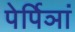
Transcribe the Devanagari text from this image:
पेर्पिञां